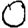
Digit: 0